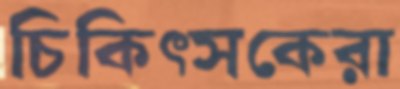
চিকিত্সকেরা